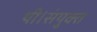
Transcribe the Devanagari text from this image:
थी।संयुक्त